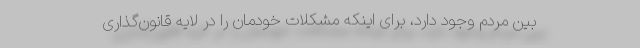
بین مردم وجود دارد، برای اینکه مشکلات خودمان را در لایه قانون‌گذاری